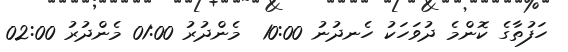
ހަފުތާގެ ކޮންމެ ދުވަހަކު ހެނދުނު 10:00  މެންދުރު 01:00 މެންދުރު 02:00